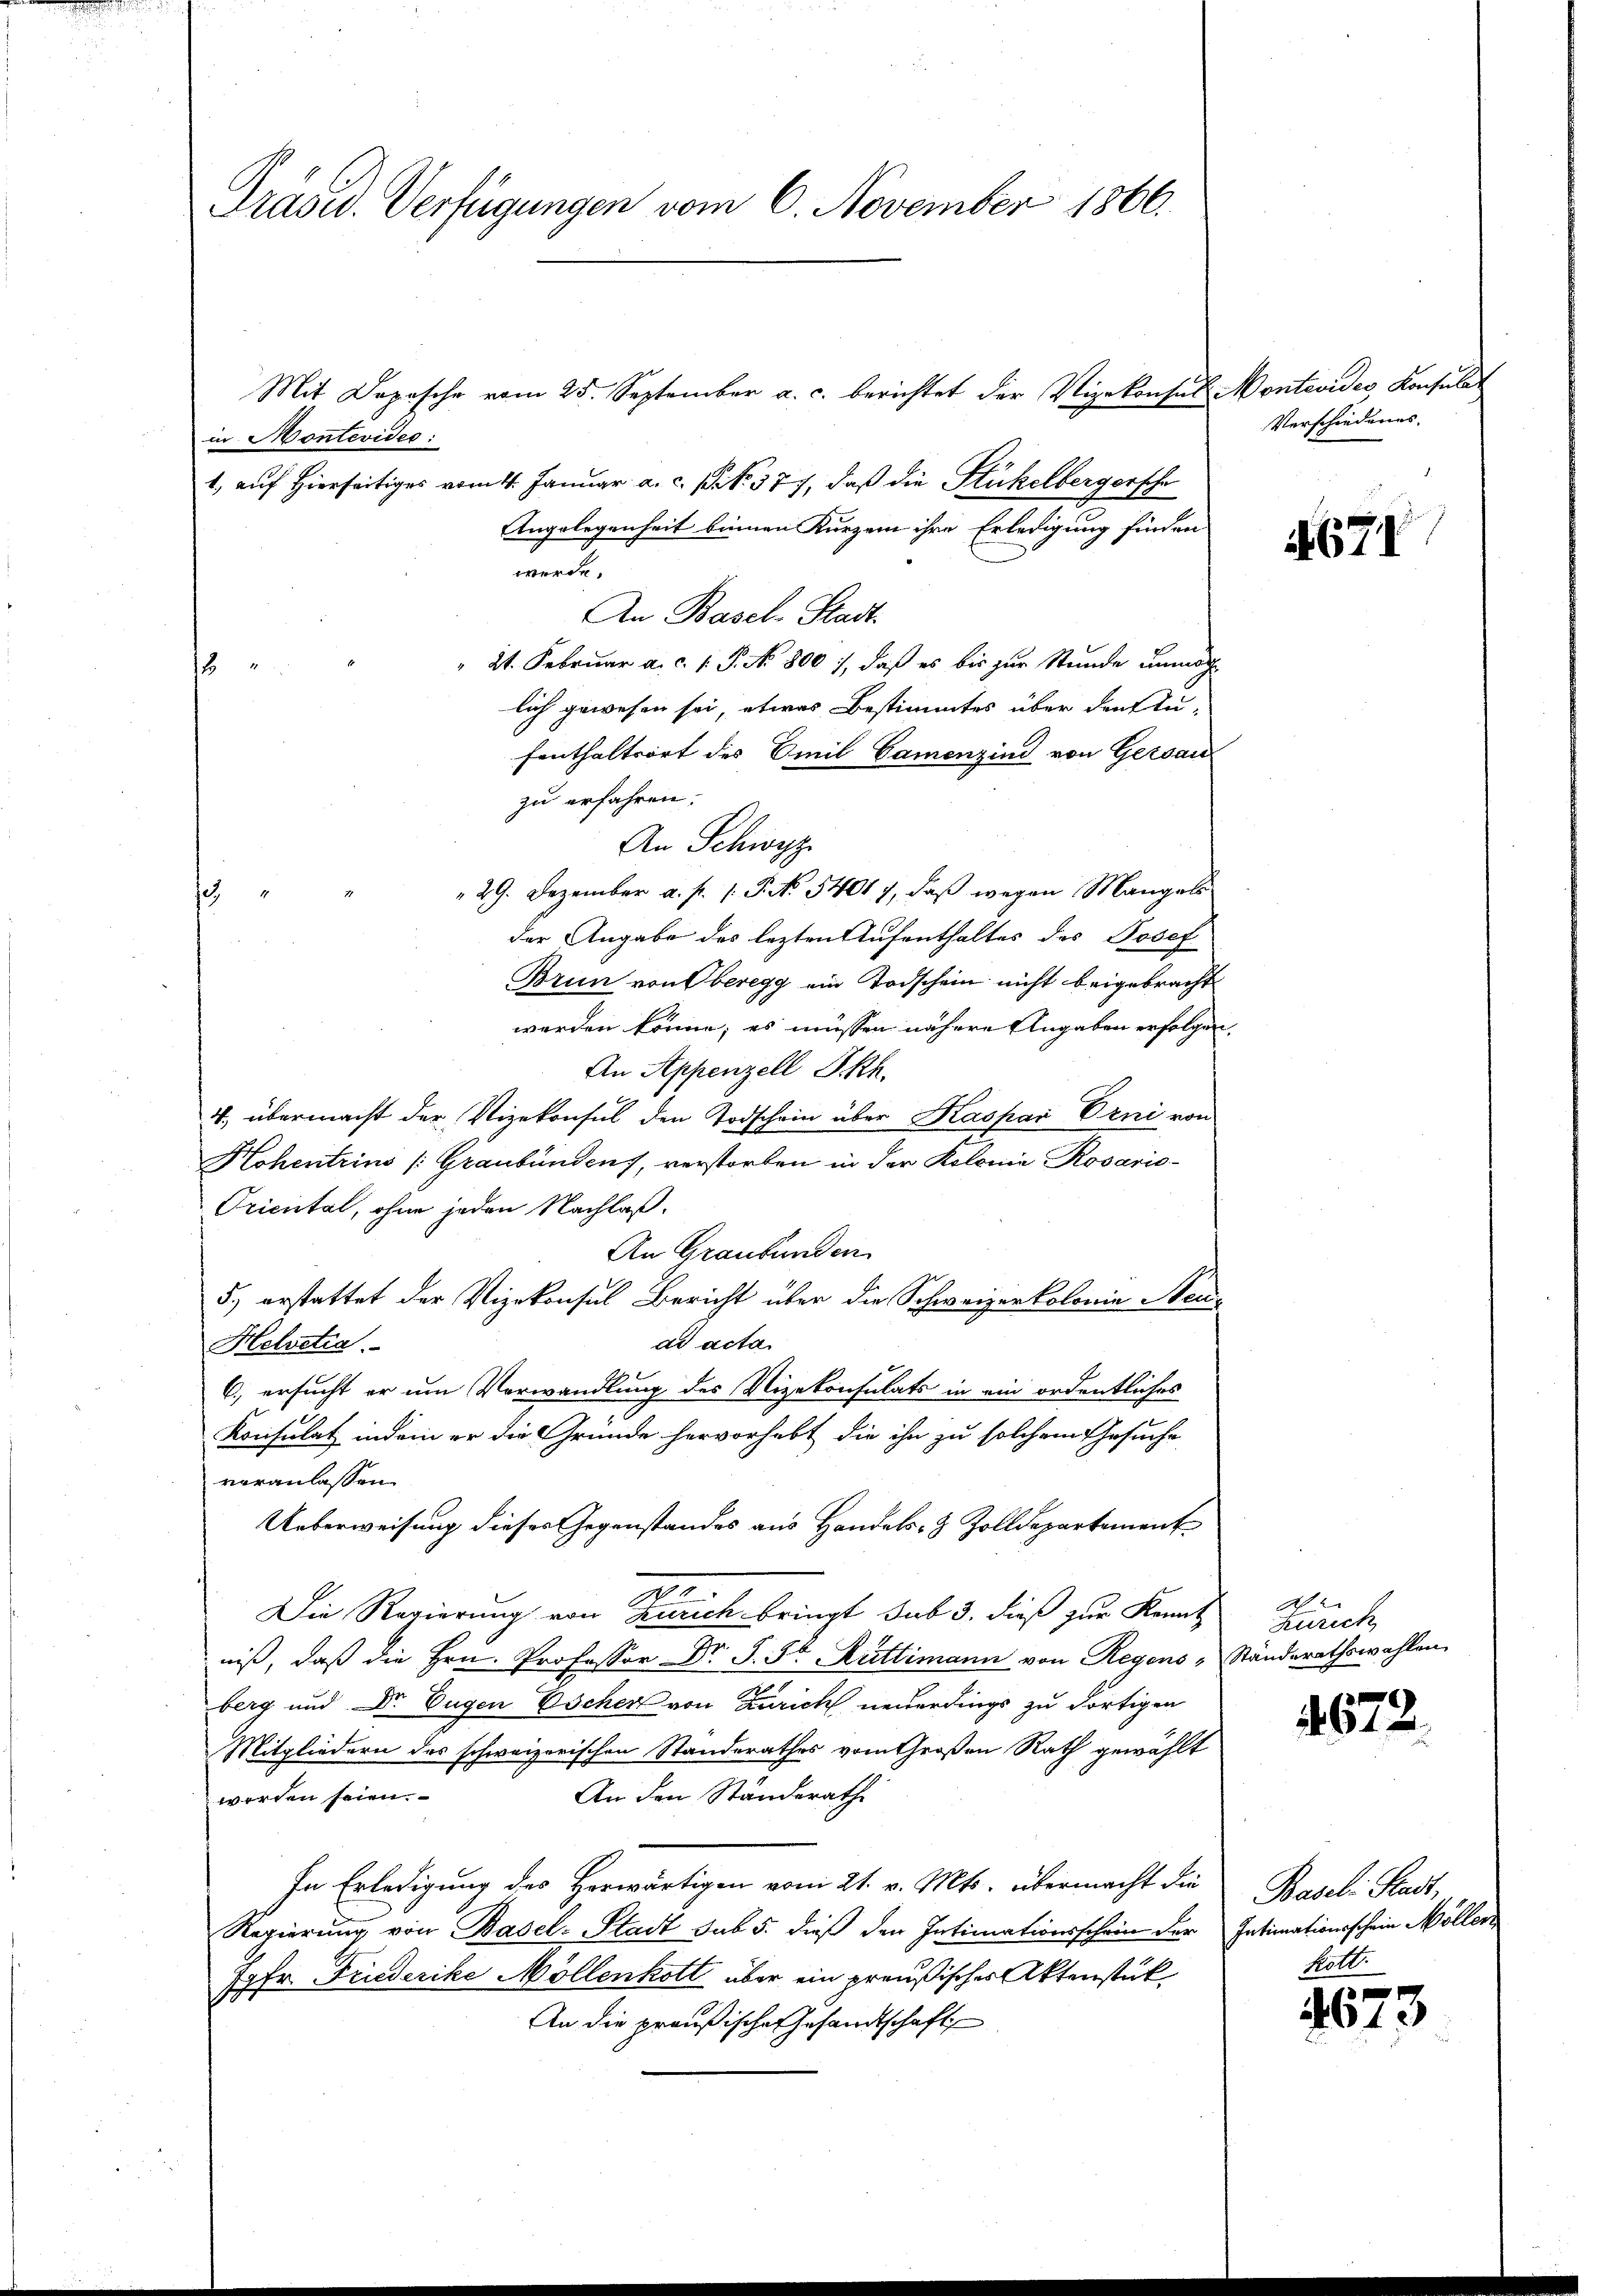
Präsid. Verfügungen vom 6. November 1866.

An Schwyz

Mit Depesche vom 25. September a. c. berichtet der Vizekonsul Montevides Konsulat
in Montevideo:
1., auf hierseitiges vom 4. Januar a. c. pro. 377, daß die Stückelbergersche
Angelegenheit binnen Kurzem ihre Erledigung finden
werde.
An Basel-Stadt.
2t. Februar a. c. 1 P. No 800), daß es bis zur Stunde unmög
2
lich gewesen sei, etwas Bestimmtes über den Stu-
fenthaltsort des Emil Camenzind von Gersau
zu erfahren.
29. Dezember a. p. 1. P. No 54017, daβ wegen Mangels
h
der Angabe des lezten Aufenthaltes des Josef
Brun von Oberegg ein Todschein nicht beigebracht
werden könne; es müssen nähere Angaben erfolgen
An Appenzell Skh.
4, übermacht der Vizekonsul den Todschein über Kaspar Erni von
Hohentrius (Graubünden, verstorben in der Kolonia Rosario¬
Oriental, ohne jeden Nachlaß.
An Graubünden
5) erstattet der Vizekonsul Bericht über die Schweizerkolonie Neuad acta
Helvetia
6.) ersucht er um Verwandlung des Vizekonsulats in ein ordentliches
Konsulat indem er die Gründe hervorhebt die ihn zu solchem Gesuche
veranlassen.
Ueberweisung dieses Gegenstandes aus Handels- & Zolldepartement
Die Regierung von Zürich bringt sub 3. dieß zur Kennt
niß, daß die Hrn. Professor Dr. J. St. Rüttimann von Regens-
berg und Dr. Eugen Escher von Zürich neuerdings zu dortigen
Mitgliedern des schweizerischen Standerathes vom Großen Rath gewählt
An den Ständerathe
werden seien.
In Erledigung des Herwärtigen vom 21. v. Mts. übermacht die
Regierung von Basel-Stadt sub 5. dieß den Intimationsschein der
77 Fr. Friederike Möllenkoll über ein preußisches Aktenstük
An die preußische Gesandtschaft

Verschiedenes.

2

671

Ae.
Zürich
Ständerathswahlen.

672.

Basel Stadt,
Intimationsschein Möller
Kotl.

4673